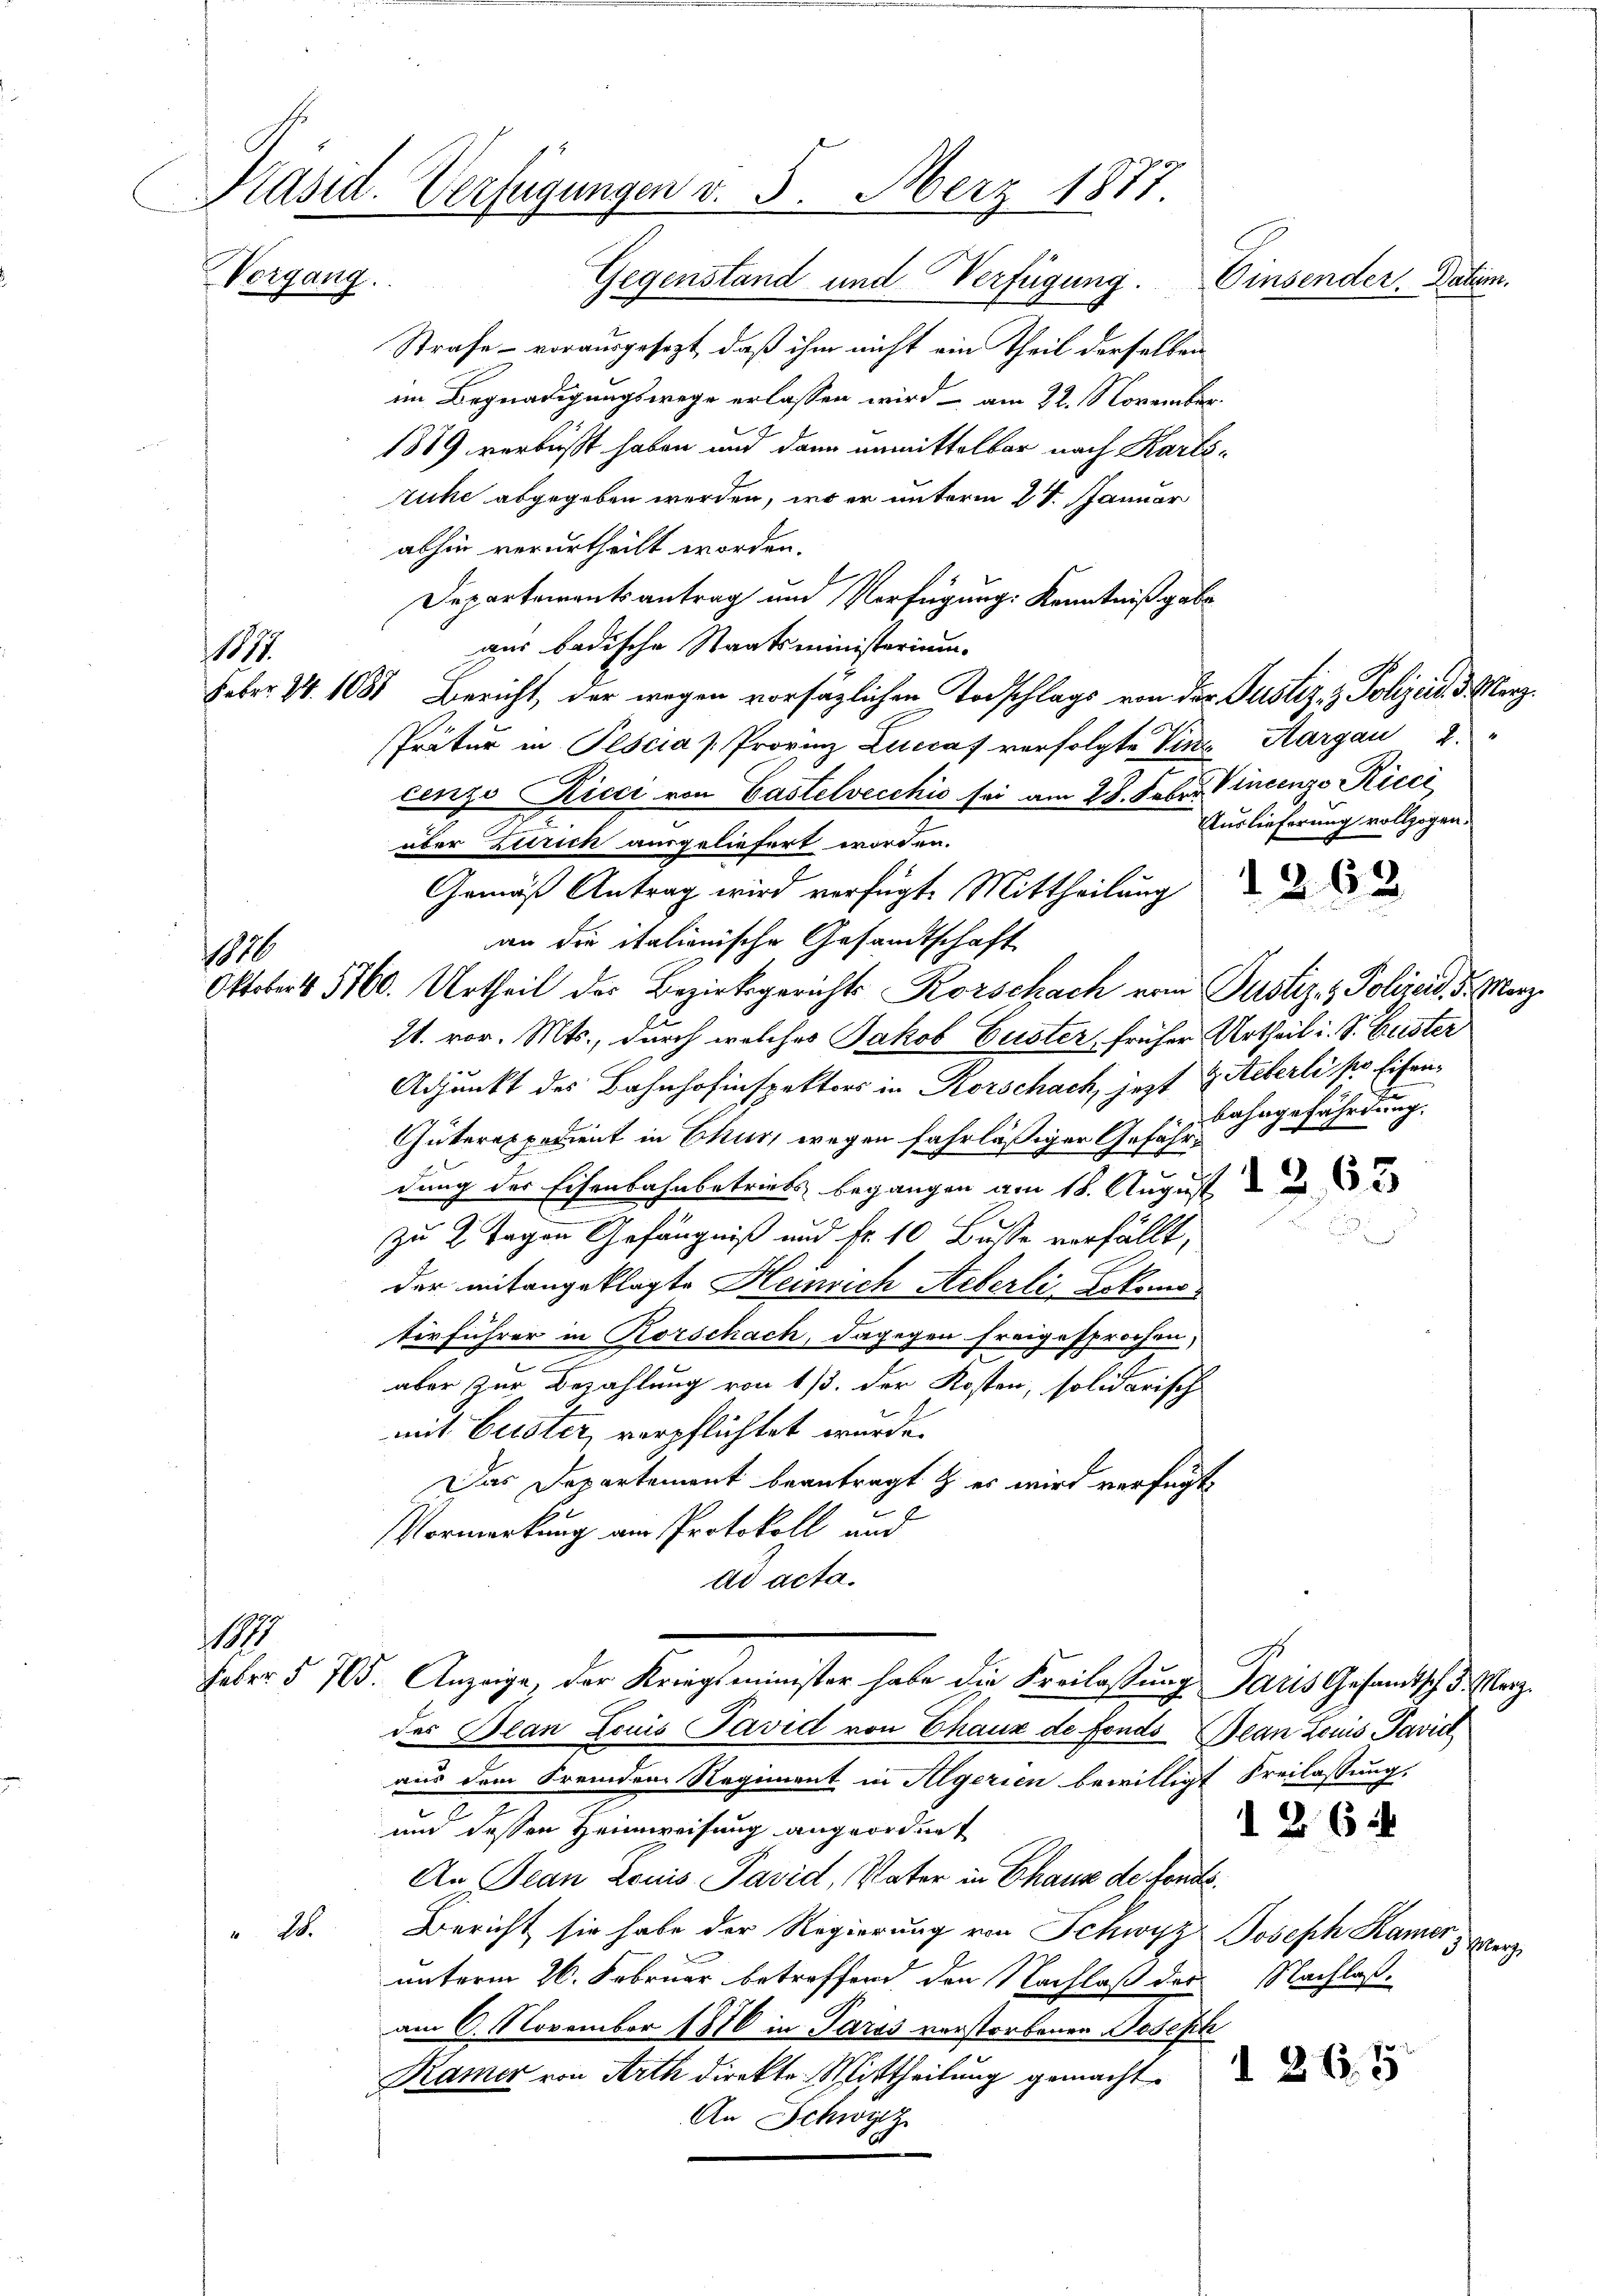
Präsid. Verfügungen d. 5. März 1877
Vorgang.
Gegenstand und Verfügung.
Einsender. Datum.

Strafe – vorausgesezt, daß ihm nicht ein Theil derselben
im Begnadigungswege erlassen wird - am 22. November.
1889 verbüßt haben und dann unmittelbar nach Karlsruhe abgegeben werden, wo er unterm 24. Januar
abhin verurtheilt worden.
Departementsantrag und Verfügung Kenntniß gebe
aus badische Staatsministerium
Feber 14. 1081 Bericht, der wegen vorsätzlichen Todschlags von der Justiz- & Polizeid. d. Merz
Prätur in Pescia Provinz Luccaf verfolgte Vins Aargau 2.
cenzo Ricci von Castelvecchić sei am 28. Febr. Vincenze Ricci
über Zürich ausgeliefert worden.
Gemäß Antrag wird verfügt. Mittheilung de
an die italienische Gesandtschaft
Oktobert 1760. Urtheil der Bezirksgerichts Korschach vom Justiz- & Polizeid. 5. März
21. vor. Mts., durch welches Jakob Guster früher Urtheil i. S. Guster
Adjunkt des Bahnhofinspektors in Korschach, jezt z Aeberli pro Eisen-
Güterexpedient in Chur, wegen fahrläßiger Gefährdung der Eisenbahnbetriebs begangen am 18. August
zu 2 Tagen Gefängniß und Fr. 10 Busse verfällt,
der mitangeklagte Heinrich Aeberli Lokomoterführer in Rorschach, dagegen freigesprochen,
aber zur Bezahlung von 1/3. der Kosten, solidarische
mit Zuster, verpflichtet wurde.
Das Departement beantragt & es wird verfügt
e
Vormerkung am Protokoll und
ad acta.
1187
Feber § 705. Anzeige, der Kriegsminister habe die Freilastung Paris Gesandtsch 3. Merz
des Plan Louis Pavid von Chaux de fonds Bean Locus Pavict
aus dem Fremden Regiment in Algerien bewilligt Freilassung.
und dessen Heimweisung angeordnet
An Jean Louis Pavid, Vater in Chause de fonds¬
1
Bericht sie habe der Regierung von Schwyz Joseph Kamer erz
unterm 26. Februar betreffend den Nachlaß des Nachlaß
am 6. November 1876 in Paris verstorbenen Joseph
Ramer von Arth direkte Mittheilung gemacht.
An Schwyz

11

10

Auslieferung vollzogen.

Bahngefährdung.

d 264